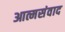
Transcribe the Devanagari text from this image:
आत्मसंवाद